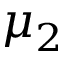
\mu _ { 2 }